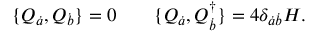
\{ Q _ { \dot { a } } , Q _ { \dot { b } } \} = 0 \qquad \{ Q _ { \dot { a } } , Q _ { \dot { b } } ^ { \dagger } \} = 4 \delta _ { \dot { a } \dot { b } } H .